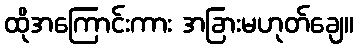
ထိုအကြောင်းကား အခြားမဟုတ်ချေ။